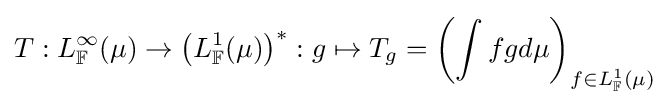
T:L_{\mathbb {F} }^{\infty }(\mu )\to \left(L_{\mathbb {F} }^{1}(\mu )\right)^{*}:g\mapsto T_{g}=\left(\int fgd\mu \right)_{f\in L_{\mathbb {F} }^{1}(\mu )}